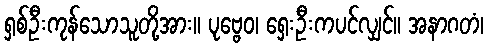
ရှစ်ဦးကုန်သောသူတို့အား။ ပုဗ္ဗေဝ၊ ရှေးဦးကပင်လျှင်။ အနာဂတံ၊